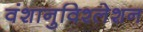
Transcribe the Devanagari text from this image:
वंशानुविश्लेशन